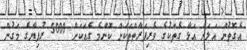
އެގޮތުން އަލަށް އަޅާ ގެތަކުގެ ވެރިފަރާތްތަކަށް ކޮންމެ ގެއަކަށް 5000 ރުފިޔާގެ މަގުން